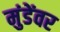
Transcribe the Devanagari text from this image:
मुंडेंवर